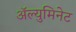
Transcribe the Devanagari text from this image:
अॅल्युमिनेट